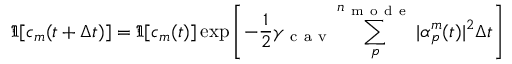
\Im [ c _ { m } ( t + \Delta t ) ] = \Im [ c _ { m } ( t ) ] \exp \left[ - \frac { 1 } { 2 } \gamma _ { \mathrm { ~ c ~ a ~ v ~ } } \sum _ { p } ^ { n _ { \mathrm { ~ m ~ o ~ d ~ e ~ } } } | \alpha _ { p } ^ { m } ( t ) | ^ { 2 } \Delta t \right]